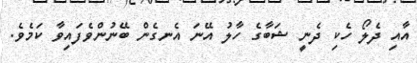
އާއި ދެލޯ ހެކި ދެނީ ޝަބާގެ ހާލު އޭނަ އެނގެން ބޭނުންވެފައިވާ ކަމެވެ.